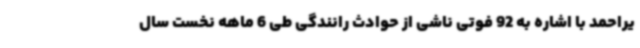
یراحمد با اشاره به 92 فوتی ناشی از حوادث رانندگی طی 6 ماهه نخست سال